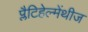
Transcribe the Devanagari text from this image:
प्लैटिहेल्मेंथीज